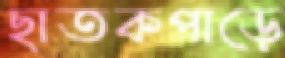
ছাতকপাড়ে